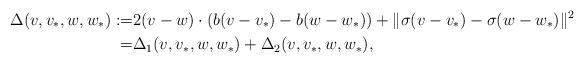
LaTeX: \begin{align*}\Delta(v,v_*,w,w_*):=& 2(v-w)\cdot (b(v-v_*)-b(w-w_*)) + \|\sigma(v-v_*)-\sigma(w-w_*)\|^2\\=&\Delta_1(v,v_*,w,w_*)+\Delta_2(v,v_*,w,w_*),\end{align*}